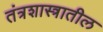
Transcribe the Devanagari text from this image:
तंत्रशास्त्रातील